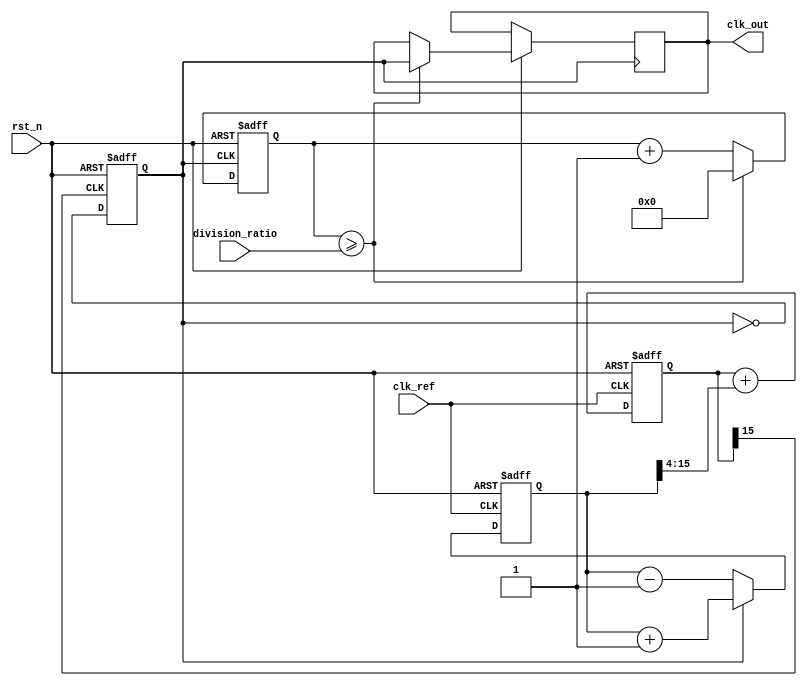
module integer_n_pll(
    input wire clk_ref,                    // Reference clock input
    input wire rst_n,                      // Active-low reset
    input wire [3:0] division_ratio,      // Integer N division ratio
    output reg clk_out                     // Output clock
);

    // Internal signals
    reg [15:0] error_signal;               // Error signal from phase detector
    reg [15:0] control_voltage;             // Control voltage from loop filter
    reg [15:0] vco_frequency;               // VCO output frequency
    reg [15:0] feedback_divided;            // Feedback clock frequency
    reg clk_vco;                           // VCO clock signal

    // Phase Detector (PD)
    always @(posedge clk_ref or negedge rst_n) begin
        if (!rst_n) begin
            error_signal <= 16'd0;
        end else begin
            // Error signal is a simple comparison (not a real phase detector)
            if (clk_vco) begin
                error_signal <= error_signal + 1; // Output leading
            end else begin
                error_signal <= error_signal - 1; // Output lagging
            end
        end
    end

    // Loop Filter (LF)
    always @(posedge clk_ref or negedge rst_n) begin
        if (!rst_n) begin
            control_voltage <= 16'd0;
        end else begin
            // Simple first-order filter example
            control_voltage <= control_voltage + (error_signal >> 4); // Moving average
        end
    end

    // Voltage-Controlled Oscillator (VCO)
    always @(posedge control_voltage[15] or negedge rst_n) begin
        if (!rst_n) begin
            vco_frequency <= 16'd0;
            clk_vco <= 1'b0;
        end else begin
            // Example VCO behavior (frequency based on control voltage)
            vco_frequency <= (control_voltage * 2); // Multiply control voltage to set frequency
            clk_vco <= ~clk_vco;
        end
    end

    // Feedback Divider
    always @(posedge clk_vco or negedge rst_n) begin
        if (!rst_n) begin
            feedback_divided <= 16'd0;
        end else begin
            // Feedback division by N
            feedback_divided <= feedback_divided + 1;
            if (feedback_divided >= division_ratio) begin
                clk_out <= clk_vco;
                feedback_divided <= 16'd0;
            end
        end
    end

endmodule